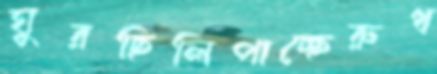
ঘুরছিলিপাচ্ছেরুধ